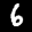
Label: 6